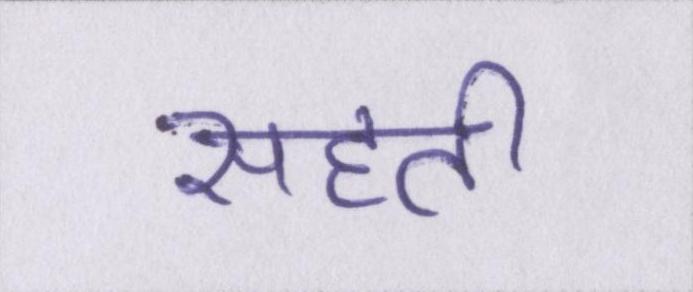
सहती